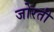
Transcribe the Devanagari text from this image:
जोरती